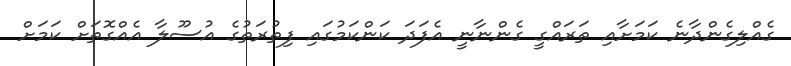
ގެއްލިގެންދާނެ ކަމަށާއި ތަރައްގީ ގެންނާނީ އެފަދަ ކަންކަމުގައި ފިތުރަތުގެ އުސޫލާ އެއްގޮތަށް ކަމަށް